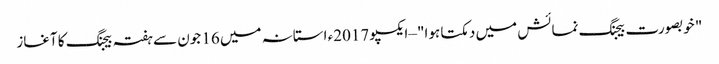
‫" خوبصورت بیجنگ نمائش میں دمکتا ہوا" –ایکسپو 2017ء استانہ میں 16 جون سے ہفتہ بیجنگ کا آغاز